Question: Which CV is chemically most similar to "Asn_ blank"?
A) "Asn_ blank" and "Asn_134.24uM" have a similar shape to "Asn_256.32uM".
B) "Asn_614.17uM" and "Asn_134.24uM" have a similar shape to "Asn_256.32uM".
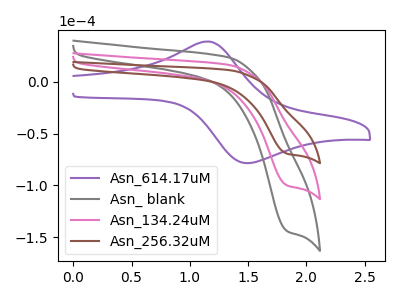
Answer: <think>The purple curve "Asn_614.17uM" has an anodic peak at (1.15V, 38.95uA) and a cathodic peak at (1.50V, -78.65uA). The gray curve "Asn_ blank" has a cathodic peak at: (1.85V, -200.40uA). The pink curve "Asn_134.24uM" has a cathodic peak at: (1.85V, -100.20uA). The brown curve "Asn_256.32uM" has a cathodic peak at: (1.85V, -69.55uA).
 "Asn_614.17uM" and "Asn_ blank" have a different number of peaks. "Asn_614.17uM" and "Asn_134.24uM" have a different number of peaks. "Asn_614.17uM" and "Asn_256.32uM" have a different number of peaks. All the peaks in "Asn_ blank" have a peak in "Asn_134.24uM" at the same potential. Every peak in "Asn_ blank" is higher than every peak in "Asn_134.24uM". All the peaks in "Asn_ blank" have a peak in "Asn_256.32uM" at the same potential. Every peak in "Asn_ blank" is higher than every peak in "Asn_256.32uM". All the peaks in "Asn_134.24uM" have a peak in "Asn_256.32uM" at the same potential. Every peak in "Asn_134.24uM" is higher than every peak in "Asn_256.32uM".</think>
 <answer>A) "Asn_ blank" and "Asn_134.24uM" have a similar shape to "Asn_256.32uM".</answer>
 <eval>A</eval>